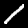
Label: 1